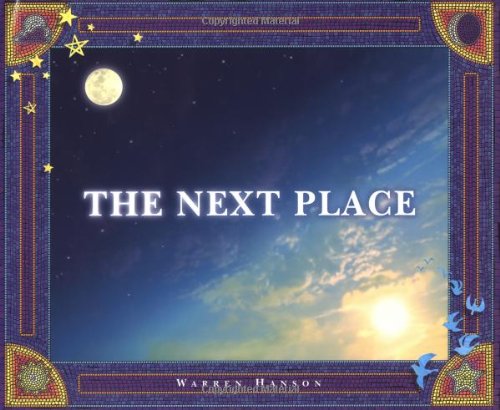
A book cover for The Next Place; Warren Hanson; Self-Help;